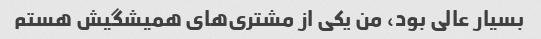
بسیار عالی بود، من یکی از مشتری‌های همیشگیش هستم